EELK_Tartu_Peetri_kogudus_(kirikutahed), lk 17
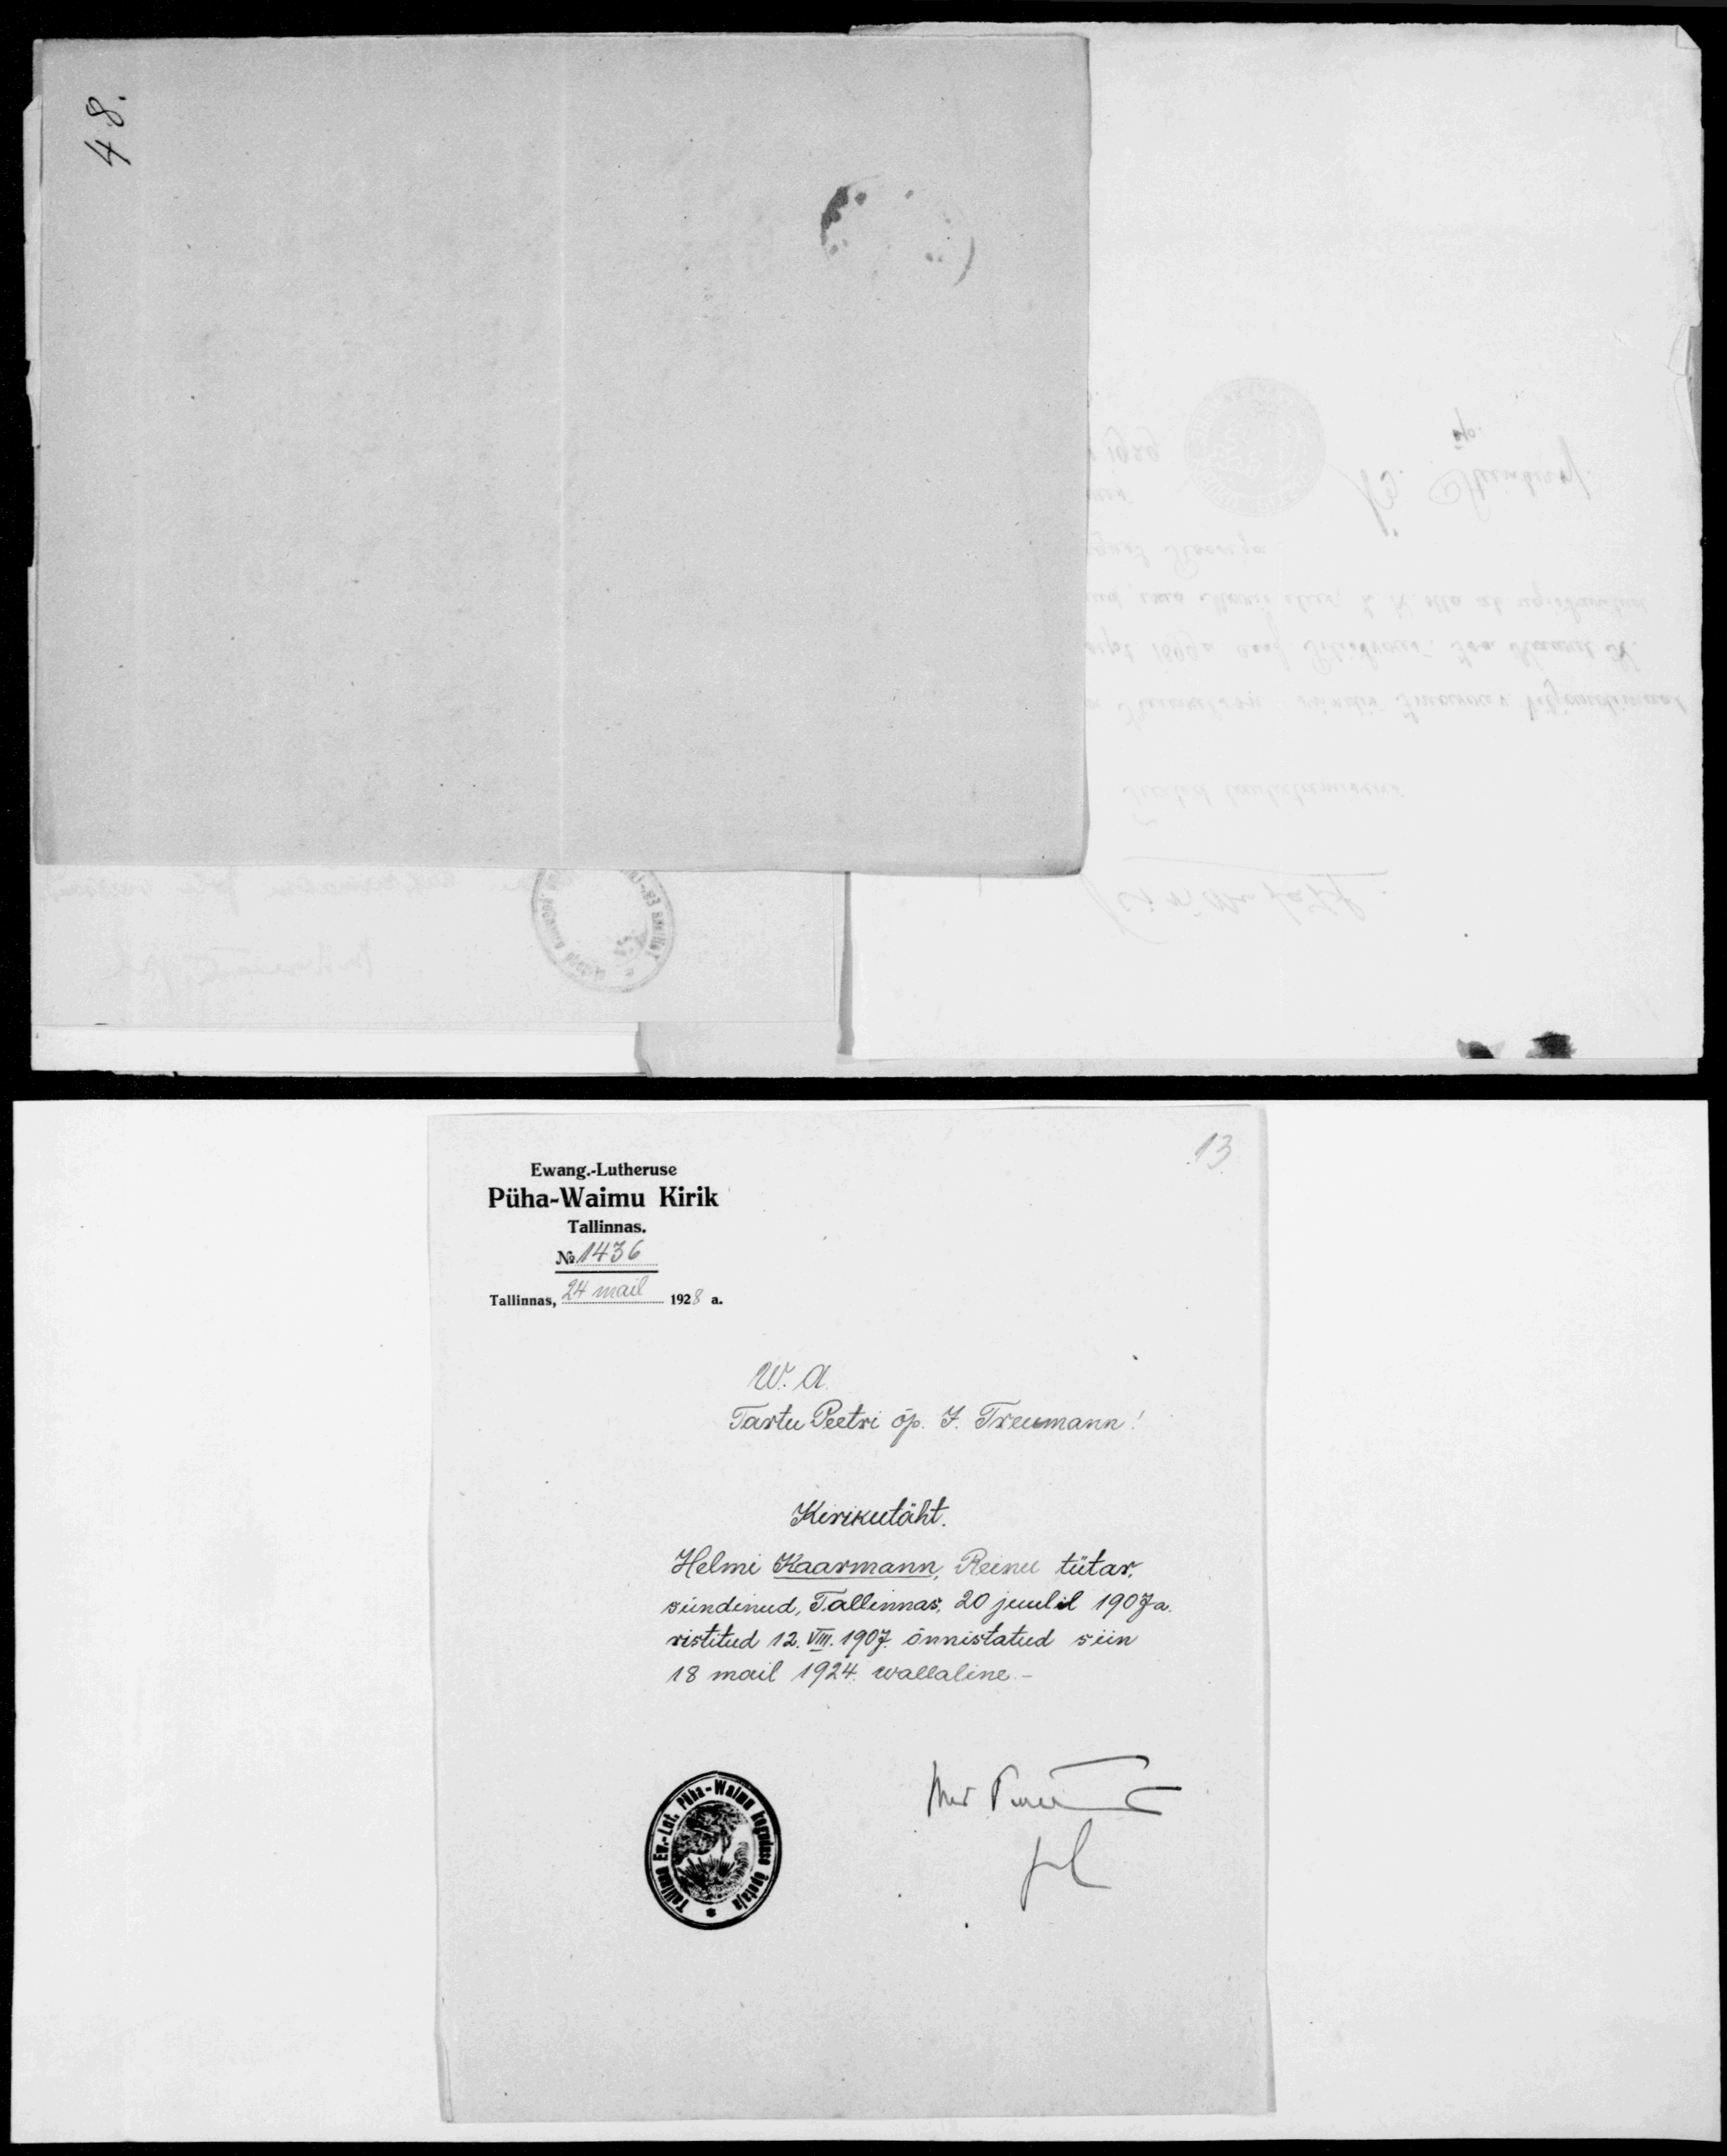
Ewang.-Lutheruse
Püha-Waimu Kirik
Tallinnas.
No: 1436
Tallinnas, 24 mail 1928 a.
W. A.
Tartu Peetri õp. J. Treumann
Kirikutäht
Helme Kaarmann, Reinu tütar,
sundinud, Tallinnas, 20 juulil 1907a.
ristitud 12. VIII. 1907. õnnistatud siin
18 mail 1924. wallaline -